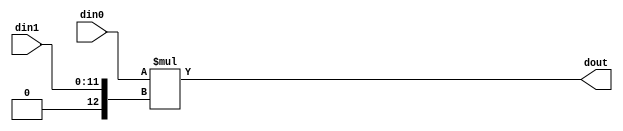
// 67d7842dbbe25473c3c32b93c0da8047785f30d78e8a024de1b57352245f9689
// ==============================================================
// Vitis HLS - High-Level Synthesis from C, C++ and OpenCL v2020.2 (64-bit)
// Copyright 1986-2020 Xilinx, Inc. All Rights Reserved.
// ==============================================================

`timescale 1 ns / 1 ps

module nnlayer_mul_24s_26ns_50_1_1(din0, din1, dout);
parameter ID = 1;
parameter NUM_STAGE = 0;
parameter din0_WIDTH = 14;
parameter din1_WIDTH = 12;
parameter dout_WIDTH = 26;
input [din0_WIDTH - 1 : 0] din0; 
input [din1_WIDTH - 1 : 0] din1; 
output [dout_WIDTH - 1 : 0] dout;

assign dout = $signed(din0) * $signed({1'b0, din1});
endmodule